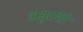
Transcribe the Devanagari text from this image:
असुरांशी